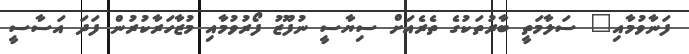
ފަނާވުމާއި" ސަލާމަތީ ބާރުތަކުގެ ތެރެއަށް ސިޔާސީ ނުފޫޒު ފޯރުވުމާއި މުޒާހަރާކުރުން ފަދަ އަސާސީ